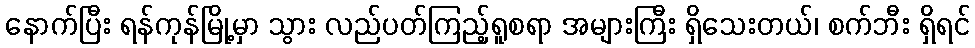
နောက်ပြီး ရန်ကုန်မြို့မှာ သွား လည်ပတ်ကြည့်ရူစရာ အများကြီး ရှိသေးတယ်၊ စက်ဘီး ရှိရင်